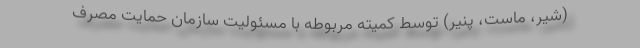
(شیر، ماست، پنیر) توسط کمیته مربوطه با مسئولیت سازمان حمایت مصرف